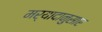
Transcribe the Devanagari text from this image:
मर्यादानुसार